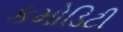
કમોડિટી